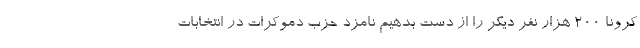
کرونا 200 هزار نفر دیگر را از دست بدهیم نامزد حزب دموکرات در انتخابات